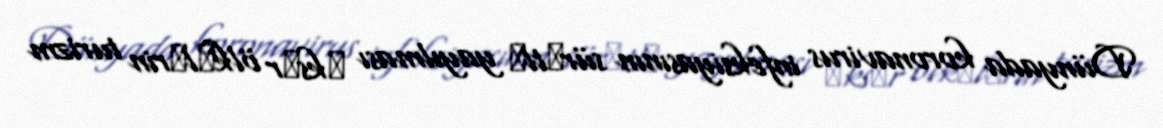
Dünyada koronavirus infeksiyasının sürәtlә yayılması әksәr ölkәlәrin turizm